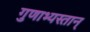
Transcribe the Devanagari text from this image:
गुणाभ्यस्तान्